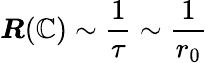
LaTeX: \boldsymbol{R}(\boldsymbol{\mathbb{C}})\sim\frac{{1}}{{\tau}}\sim\frac{{1}}{{r_{0}}}